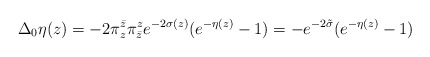
\begin{align*}\Delta_0\eta(z) = -2 \pi^{\bar z}_z \pi^{z}_{\bar z}e^{-2\sigma(z)}(e^{-\eta(z)}-1) = - e^{-2\tilde\sigma}(e^{-\eta(z)}-1)\end{align*}